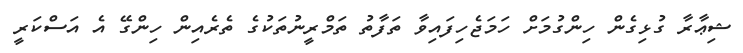
ޝިޢާރާ ގުޅިގެން ހިންގުމަށް ހަމަޖެހިފައިވާ ތަފާތު ތަމްރީނުތަކުގެ ތެރެއިން ހިންގޭ އެ އަސްކަރީ